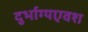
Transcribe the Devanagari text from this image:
दुर्भाग्यएवश